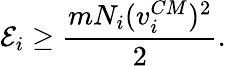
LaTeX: \mathcal{E}_{i}\ge\frac{{mN_{i}(v_{i}^{CM})^{2}}}{{2}}.